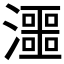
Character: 𱩽